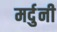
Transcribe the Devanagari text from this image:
मर्दुनी